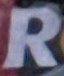
R